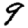
Digit: 9